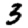
Digit: 3